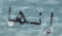
إنها